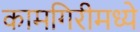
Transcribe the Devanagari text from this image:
कामगिरीमध्ये